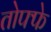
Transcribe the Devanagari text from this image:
तोफ्फे